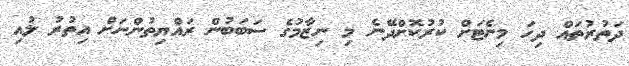
ދަތުރުތައް ދިހަ މިނެޓަށް ކުރުކޮށްދޭނެ މި ނިޒާމުގެ ސަބަބުން ރައްޔިތުންނަށް އިތުރު ލުއި